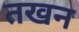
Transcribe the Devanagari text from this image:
तखन